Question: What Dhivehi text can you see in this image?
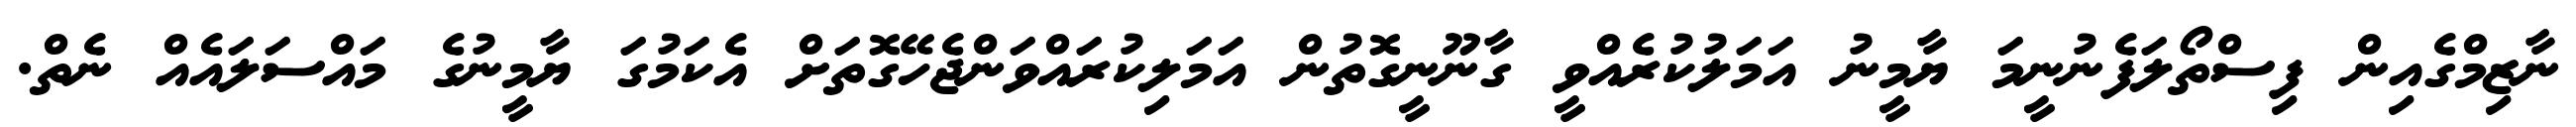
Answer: ނާޒިމްގެއިން ފިސްތޯލަފެނުނީމަ ޔާމީނު އަމަލުކުރެއްވީ ގާނޫނީގޮތުން އަމަލިކުރައްވަންޖެހޭގޮތަށް އެކަމުގަ ޔާމީނުގެ މައްސަލައެއް ނެތް.